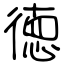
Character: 徳